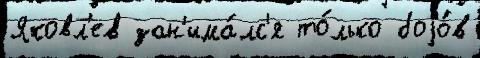
Яковл'ев зан'има́лс'я то́лько боjо́в